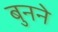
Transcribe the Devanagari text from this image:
बुुनने